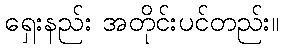
ရှေးနည်း အတိုင်းပင်တည်း။